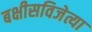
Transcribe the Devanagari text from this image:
बक्षीसविजेत्या